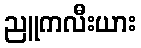
ညူကလီးယား